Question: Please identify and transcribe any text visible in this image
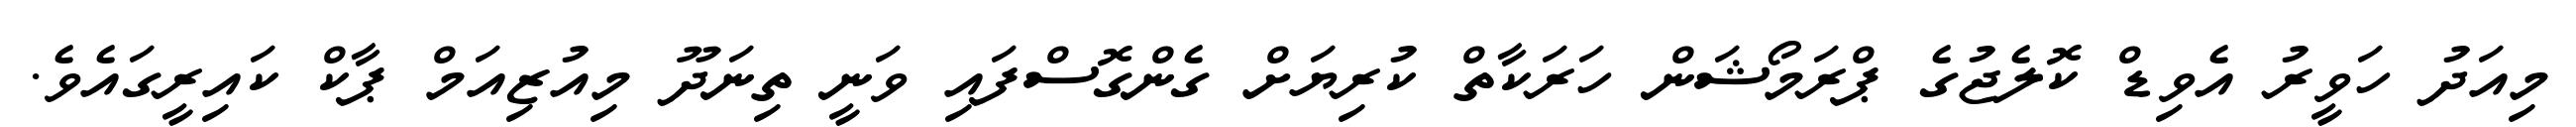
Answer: މިއަދު ހަވީރު އެވިޑް ކޮލެޖުގެ ޕްރަމޯޝަން ހަރަކާތް ކުރިޔަށް ގެންގޮސްފައި ވަނީ ތިނަދޫ މިއުޒިއަމް ޕާކް ކައިރީގައެވެ.